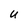
Character: u